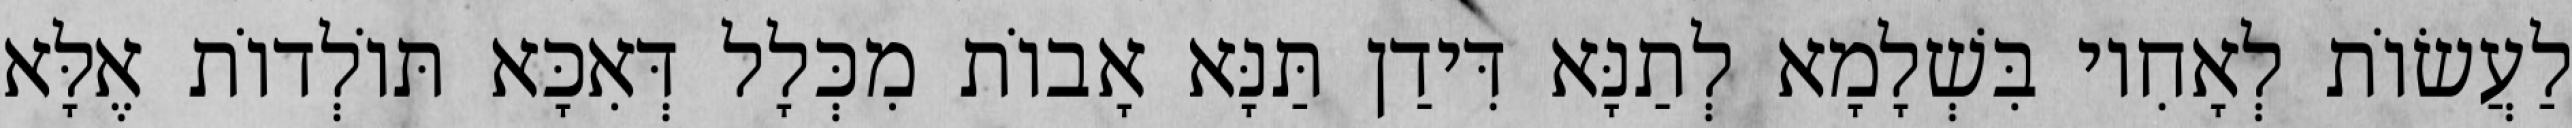
לַעֲשׂוֹת לְאָחִיו בִּשְׁלָמָא לְתַנָּא דִּידַן תַּנָּא אָבוֹת מִכְּלָל דְּאִכָּא תּוֹלְדוֹת אֶלָּא